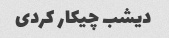
دیشب چیکار کردی